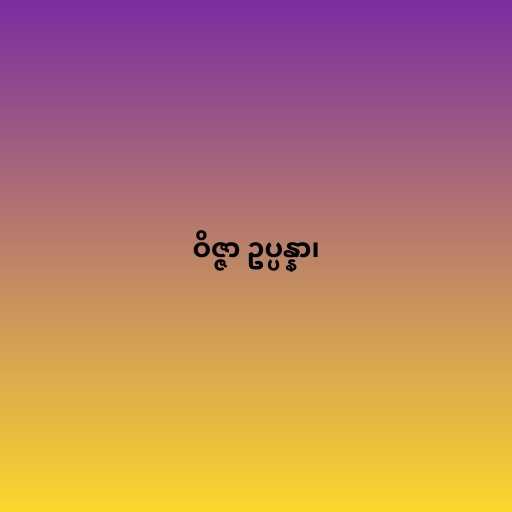
ဝိဇ္ဇာ ဥပ္ပန္နာ၊